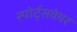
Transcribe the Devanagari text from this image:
स्पोर्ट्सवेयर